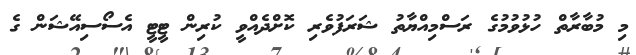
މި މުބާރާތް ހުޅުވުމުގެ ރަސްމިއްޔާތު ޝަރަފުވެރި ކޮށްދެއްވީ ކުރިން ޓީޓީ އެސޯސިއޭޝަން ގެ